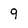
Character: 9